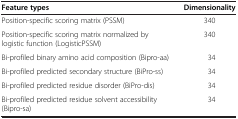
<table><thead><tr><td><b>Feature types</b></td><td><b>Dimensionality</b></td></tr></thead><tbody><tr><td>Position-specific scoring matrix (PSSM)</td><td>340</td></tr><tr><td>Position-specific scoring matrix normalized by logistic function (LogisticPSSM)</td><td>340</td></tr><tr><td>Bi-profiled binary amino acid composition (Bipro-aa)</td><td>34</td></tr><tr><td>Bi-profiled predicted secondary structure (BiPro-ss)</td><td>34</td></tr><tr><td>Bi-profiled predicted residue disorder (BiPro-dis)</td><td>34</td></tr><tr><td>Bi-profiled predicted residue solvent accessibility (Bipro-sa)</td><td>34</td></tr></tbody></table>